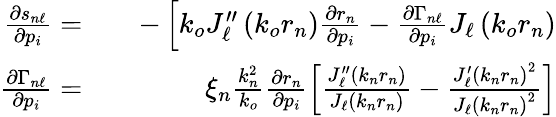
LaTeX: \begin{array}{rlr}{\frac{\partial s_{n\ell}}{\partial p_{i}}=}&{{}}&{-\left[k_{o}J_{\ell}^{\prime\prime}\left(k_{o}r_{n}\right)\frac{\partial r_{n}}{\partial p_{i}}-\frac{\partial\Gamma_{n\ell}}{\partial p_{i}}J_{\ell}\left(k_{o}r_{n}\right)\right.}\\ {\frac{\partial\Gamma_{n\ell}}{\partial p_{i}}=}&{{}}&{\xi_{n}\frac{k_{n}^{2}}{k_{o}}\frac{\partial r_{n}}{\partial p_{i}}\left[\frac{J_{\ell}^{\prime\prime}\left(k_{n}r_{n}\right)}{J_{\ell}\left(k_{n}r_{n}\right)}-\frac{J_{\ell}^{\prime}\left(k_{n}r_{n}\right)^{2}}{J_{\ell}\left(k_{n}r_{n}\right)^{2}}\right]}\end{array}